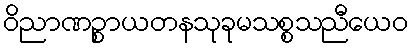
ဝိညာဏဉ္စာယတနသုခုမသစ္စသညီယေဝ